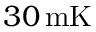
3 0 \, \mathrm { m K }